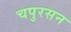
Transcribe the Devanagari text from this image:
चपुरसन